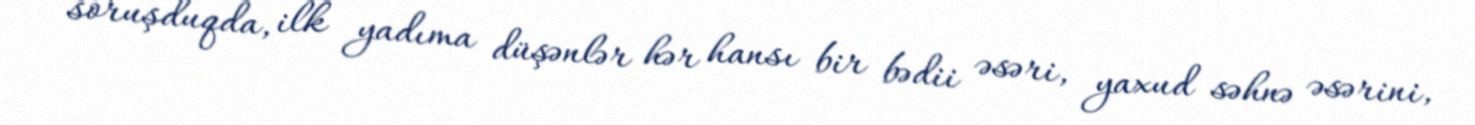
soruşduqda, ilk yadıma düşənlər hər hansı bir bədii əsəri, yaxud səhnə əsərini,